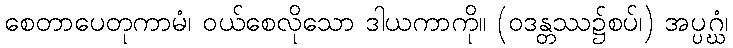
စေတာပေတုကာမံ၊ ဝယ်စေလိုသော ဒါယကာကို။ (ဝဒန္တဿ၌စပ်၊) အပ္ပဂ္ဃံ၊